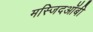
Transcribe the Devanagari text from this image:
मस्जिदऑबी